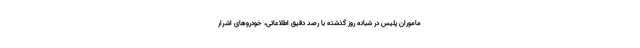
ماموران پلیس در شبانه روز گذشته با رصد دقیق اطلاعاتی، خودروهای اشرار